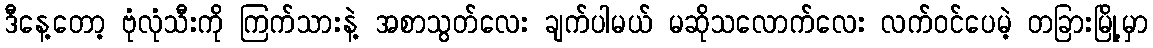
ဒီနေ့တော့ ဗုံလုံသီးကို ကြက်သားနဲ့ အစာသွတ်လေး ချက်ပါမယ် မဆိုသလောက်လေး လက်ဝင်ပေမဲ့ တခြားမြို့မှာ